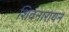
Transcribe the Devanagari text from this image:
शिवनारायन